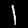
Label: 1